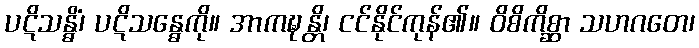
ပဋိသန္ဓိံ၊ ပဋိသန္ဓေကို။ အာကဍ္ဎန္တိ၊ ငင်နိုင်ကုန်၏။ ဝိစိကိစ္ဆာ သဟဂတေ၊